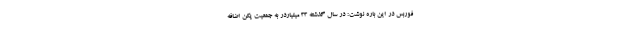
فوربس در این باره نوشت: در سال گذشته 33 میلیاردر به جمعیت پکن اضافه